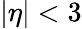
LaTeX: |\eta|<3